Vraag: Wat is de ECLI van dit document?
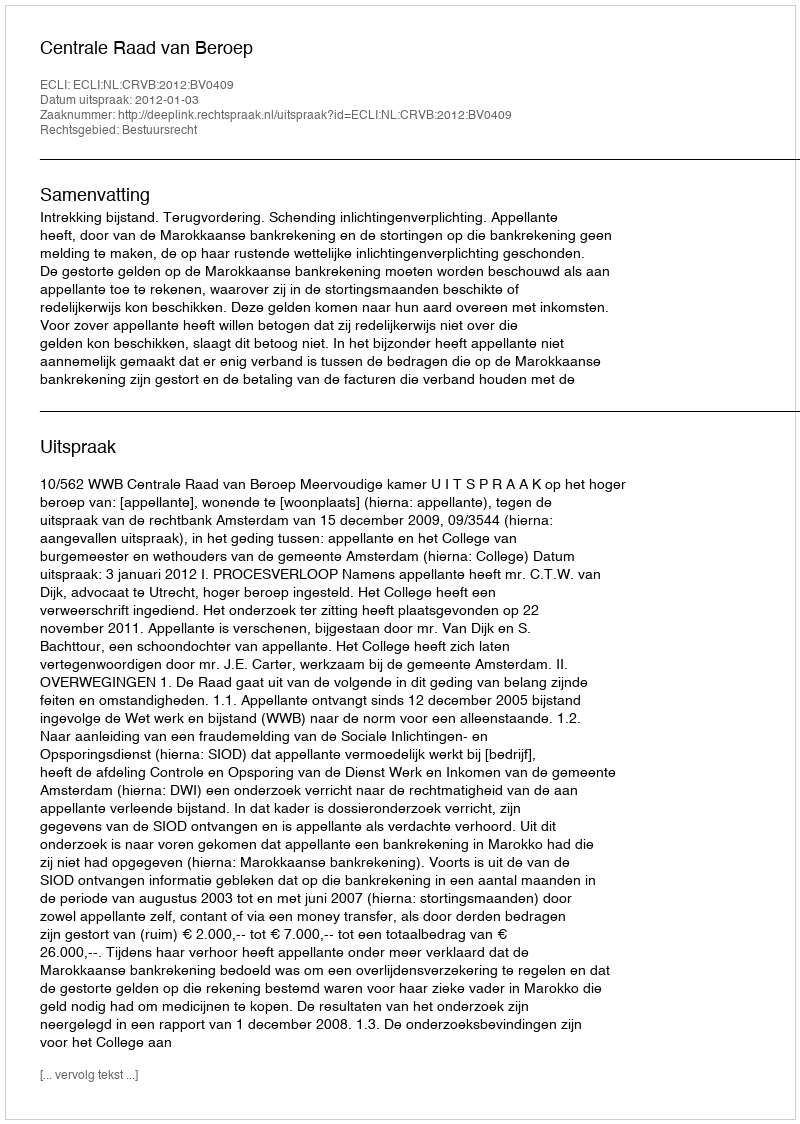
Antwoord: ECLI:NL:CRVB:2012:BV0409